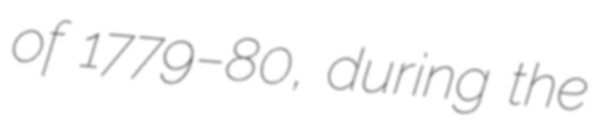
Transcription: of 1779–80, during the